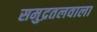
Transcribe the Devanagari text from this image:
समुद्रतलवाला